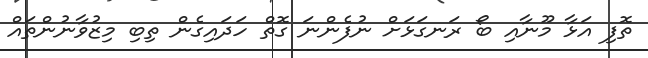
ތޮފި އަޅާ މޫނާއި ބޯ ރަނގަޅަށް ނުފެންނަ ގޮތް ހަދައިގެން ތިިބި މިޒުވާނުންތައް